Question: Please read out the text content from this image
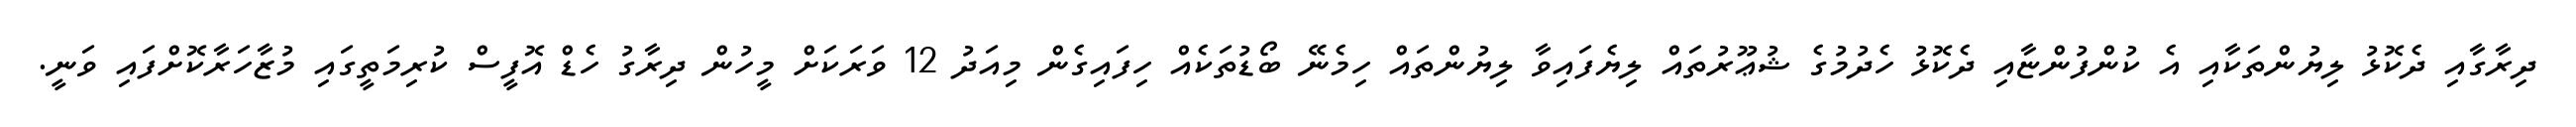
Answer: ދިރާގާއި ދެކޮޅު ލިޔުންތަކާއި އެ ކުންފުންޏާއި ދެކޮޅު ހެދުމުގެ ޝުޢޫރުތައް ލިޔެފައިވާ ލިޔުންތައް ހިމެނޭ ބޯޑުތަކެއް ހިފައިގެން މިއަދު 12 ވަރަކަށް މީހުން ދިރާގު ހެޑް އޮފީސް ކުރިމަތީގައި މުޒާހަރާކޮށްފައި ވަނީ.